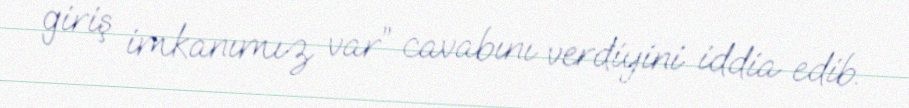
giriş imkanımız var” cavabını verdiyini iddia edib.